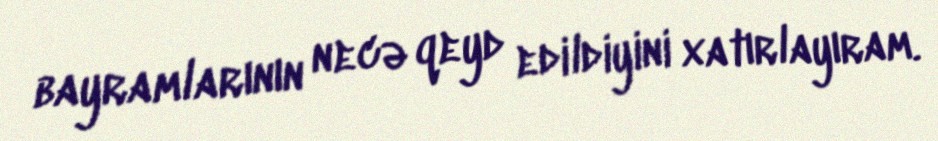
bayramlarının necə qeyd edildiyini xatırlayıram.